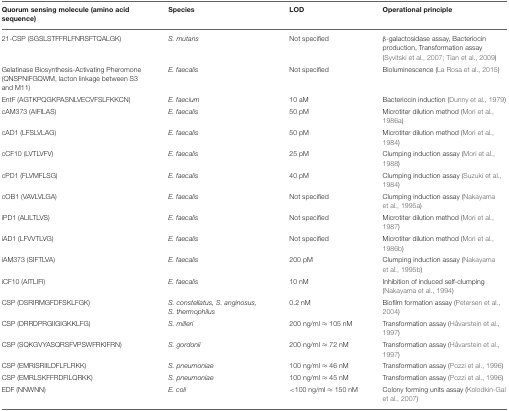
<table><thead><tr><td><b>Quorum sensing molecule (amino acid sequence)</b></td><td><b>Species</b></td><td><b>LOD</b></td><td><b>Operational principle</b></td></tr></thead><tbody><tr><td>21-CSP (SGSLSTFFRLFNRSFTQALGK)</td><td><i>S. mutans</i></td><td>Not specified</td><td>β-galactosidase assay, Bacteriocin production, Transformation assay (Syvitski et al., 2007; Tian et al., 2009)</td></tr><tr><td>Gelatinase Biosynthesis-Activating Pheromone (QNSPNIFGQWM, lacton linkage between S3 and M11)</td><td><i>E. faecalis</i></td><td>Not specified</td><td>Bioluminescence (La Rosa et al., 2015)</td></tr><tr><td>EntF (AGTKPQGKPASNLVECVFSLFKKCN)</td><td><i>E. faecium</i></td><td>10 aM</td><td>Bacteriocin induction (Dunny et al., 1979)</td></tr><tr><td>cAM373 (AIFILAS)</td><td><i>E. faecalis</i></td><td>50 pM</td><td>Microtiter dilution method (Mori et al., 1986a)</td></tr><tr><td>cAD1 (LFSLVLAG)</td><td><i>E. faecalis</i></td><td>50 pM</td><td>Microtiter dilution method (Mori et al., 1984)</td></tr><tr><td>cCF10 (LVTLVFV)</td><td><i>E. faecalis</i></td><td>25 pM</td><td>Clumping induction assay (Mori et al., 1988)</td></tr><tr><td>cPD1 (FLVMFLSG)</td><td><i>E. faecalis</i></td><td>40 pM</td><td>Clumping induction assay (Suzuki et al., 1984)</td></tr><tr><td>cOB1 (VAVLVLGA)</td><td><i>E. faecalis</i></td><td>Not specified</td><td>Clumping induction assay (Nakayama et al., 1995a)</td></tr><tr><td>iPD1 (ALILTLVS)</td><td><i>E. faecalis</i></td><td>Not specified</td><td>Microtiter dilution method (Mori et al., 1987)</td></tr><tr><td>iAD1 (LFVVTLVG)</td><td><i>E. faecalis</i></td><td>Not specified</td><td>Microtiter dilution method (Mori et al., 1986b)</td></tr><tr><td>iAM373 (SIFTLVA)</td><td><i>E. faecalis</i></td><td>200 pM</td><td>Clumping induction assay (Nakayama et al., 1995b)</td></tr><tr><td>iCF10 (AITLIFI)</td><td><i>E. faecalis</i></td><td>10 nM</td><td>Inhibition of induced self-clumping (Nakayama et al., 1994)</td></tr><tr><td>CSP (DSRIRMGFDFSKLFGK)</td><td><i>S. constellatus, S. anginosus, S. thermophilus</i></td><td>0.2 nM</td><td>Biofilm formation assay (Petersen et al., 2004)</td></tr><tr><td>CSP (DRRDPRGIIGIGKKLFG)</td><td><i>S. milleri</i></td><td>200 ng/ml ≈ 105 nM</td><td>Transformation assay (Håvarstein et al., 1997)</td></tr><tr><td>CSP (SQKGVYASQRSFVPSWFRKIFRN)</td><td><i>S. gordonii</i></td><td>200 ng/ml ≈ 72 nM</td><td>Transformation assay (Håvarstein et al., 1997)</td></tr><tr><td>CSP (EMRISRIILDFLFLRKK)</td><td><i>S. pneumoniae</i></td><td>100 ng/ml ≈ 46 nM</td><td>Transformation assay (Pozzi et al., 1996)</td></tr><tr><td>CSP (EMRLSKFFRDFILQRKK)</td><td><i>S. pneumoniae</i></td><td>100 ng/ml ≈ 45 nM</td><td>Transformation assay (Pozzi et al., 1996)</td></tr><tr><td>EDF (NNWNN)</td><td><i>E. coli</i></td><td>&lt;100 ng/ml ≈ 150 nM</td><td>Colony forming units assay (Kolodkin-Gal et al., 2007)</td></tr></tbody></table>